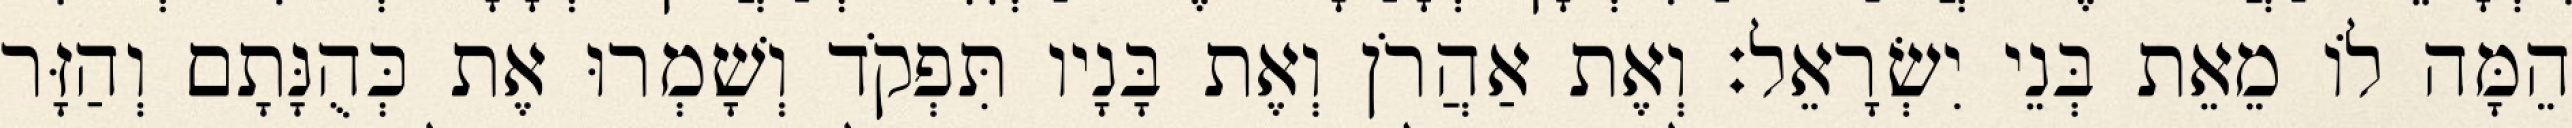
הֵמָּה לוֹ מֵאֵת בְּנֵי יִשְׂרָאֵל׃ וְאֶת אַהֲרֹן וְאֶת בָּנָיו תִּפְקֹד וְשָׁמְרוּ אֶת כְּהֻנָּתָם וְהַזָּר